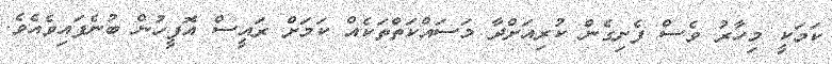
ކަމަކީ މިހާރު ވެސް ފެށިގެން ކުރިއަށްދާ މަސައްކަތްތަކެއް ކަމަށް ރައީސް އޮފީހުން ބުނެފައިވެއެވެ.